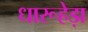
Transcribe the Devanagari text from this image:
धारूहेड़ा